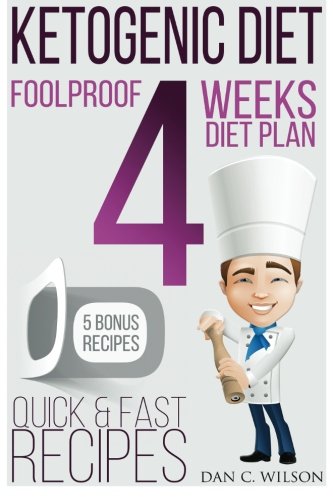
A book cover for Ketogenic Diet: Foolproof Diet Plan - Build a New Body in 4 Weeks With Quick & Fast Recipes (5 BONUS Recipes) (Ketogenic Diet Plan and Recipes); Dan C. Wilson; Cookbooks, Food & Wine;